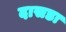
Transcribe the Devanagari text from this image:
दासडा